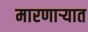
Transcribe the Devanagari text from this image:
मारणाऱ्यात